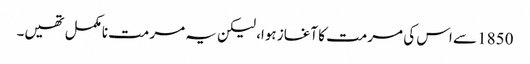
1850 سے اس کی مرمت کا آغاز ہوا، لیکن یہ مرمت نامکمل تھیں۔